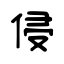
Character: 侵